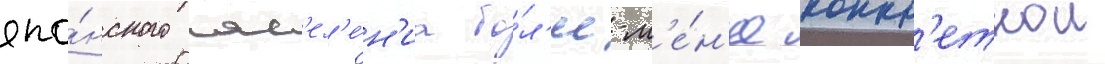
япо́нского нас'ел'е́н'иа бо́л'ее-м'е́н'ее конкр'етнои